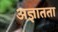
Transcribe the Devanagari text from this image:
अज्ञातता